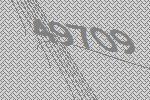
49709